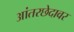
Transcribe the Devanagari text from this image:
आंतरछेदावर